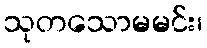
သုတသောမမင်း၊